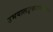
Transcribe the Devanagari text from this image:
उभयालङ्कारकारिका